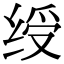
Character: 绶